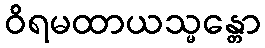
ဝိရမထာယသ္မန္တော